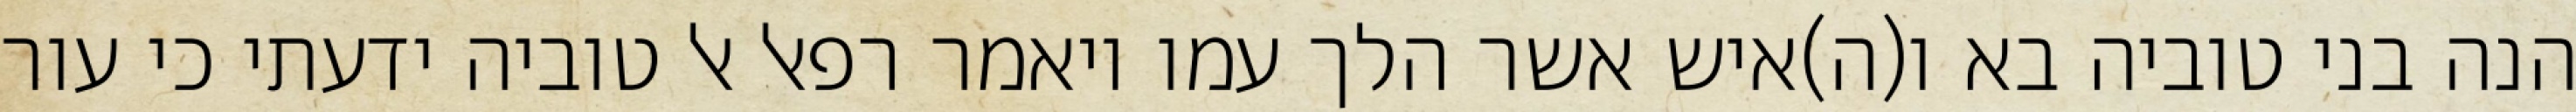
הנה בני טוביה בא ו(ה)איש אשר הלך עמו ויאמר רפאל אל טוביה ידעתי כי עור